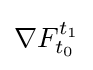
\nabla F_{t_{0}}^{t_{1}}